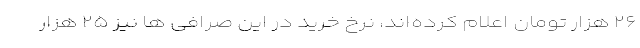
۲۶ هزار تومان اعلام کرده‌اند، نرخ خرید در این صرافی ها نیز ۲۵ هزار